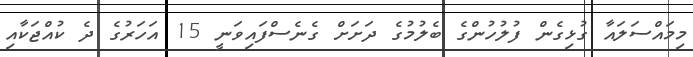
މިމައްސަލައާ ގުޅިގެން ފުލުހުންގެ ބެލުމުގެ ދަށަށް ގެނެސްފައިވަނީ 15 އަހަރުގެ ދެ ކުއްޖަކާއި